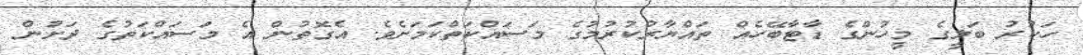
ހަަކުރު ބަލީގެ މީހުންގެ ޑާޓާބޭހެއް ތައްޔާރުކުރުމުގެ މަސައްކަތްކަމަށެވެ. އެގޮތުން އެ މަސައްކަތުގެ ދަށުން